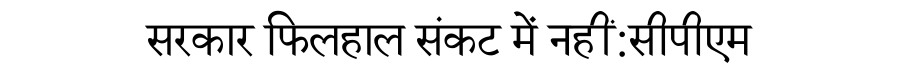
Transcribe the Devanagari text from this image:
सरकार फिलहाल संकट में नहीं:सीपीएम